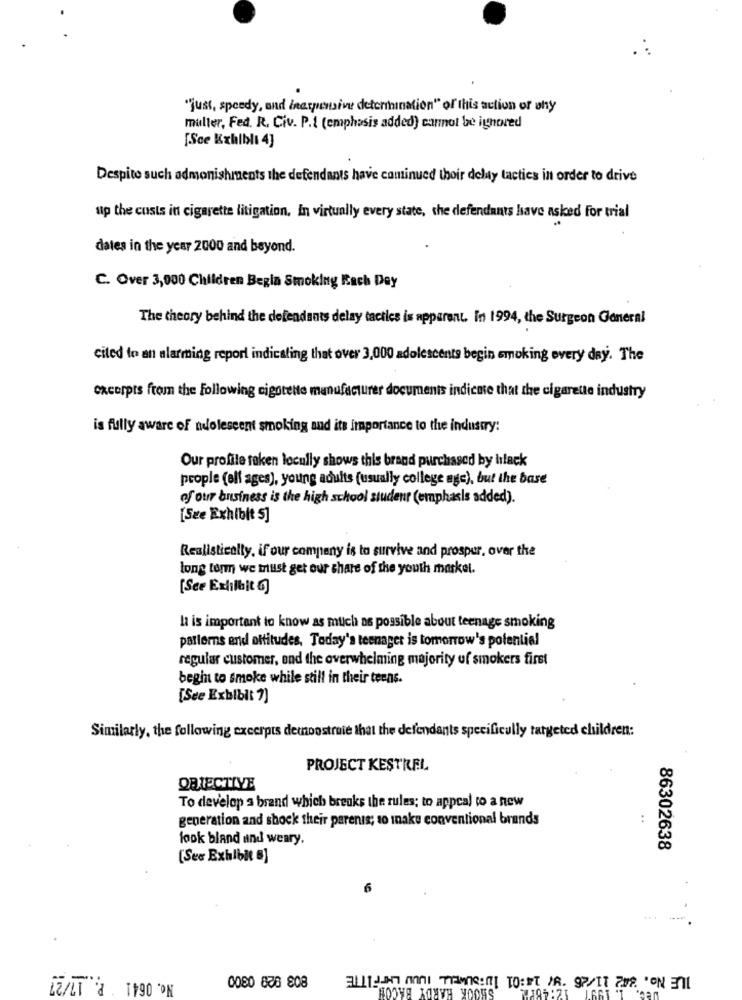
"just, speedy, and Inatpensive determination" of this action of why
muller, Fed. R. Civ. P.I (emphasis added) cannot be ignored
[Sce Exhiblı 4]
Despite such admonishments the defendants have cominued thoir delay tactics in order to drive
up the custs in cigarette litigation. In virtually every state, the defendants have asked for trial
dates in the year 2000 and beyond.
C. Over 3,000 Children Begla Smoking Kach Dey
The theory behind the defendants delay tactics is apparent. In 1994, the Surgeon General
cited to an alarming report indicating that over 3,000 adolescents begin smoking every day. The
excerpts from the Following cigotette manufacturer documents indicate that the cigarette industry
is fully aware of nolescent smoking and its importance to the industry:
Our profile taken locully shows this brand purchased by black
people (elf ages), young adults (usually college age), but the base
of our business is the high school studenr (emphasis added).
[See Exhibit 5]
Realistically, if our company is to survive and prosper, over the
long term we trust get our share of the youth markel.
[Sce Exlilbit G]
la is important to know as much as possible about teenage smoking
patterns and attitudes, Today's teenager is tomorrow's potential
regular customer, and the overwhelming majority of smokers first
begin to smoke while still in their teens.
[Sce Exhibit ?)
Similarly, the following excerpts demonstruie that the defendants specificully targeted children:
PROJECT KESTREL
OBIECTIVE
To develop a brand which breaks the rules; to appeal to a new
generation and shock their parents; to make conventional brands
look bland and weary.
86302638
[Sex Exhibit 5]
6
No. 0641 P. 17/27
SHOOK HARDY BACON_